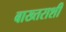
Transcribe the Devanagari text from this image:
बाख्तराशी